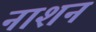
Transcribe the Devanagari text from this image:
नाशन